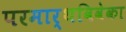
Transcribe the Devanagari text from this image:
परमार्थविवेका